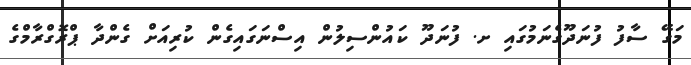
މަގޭ ސާފު ފުނަދޫގެނަމުގައި ށ. ފުނަދޫ ކައުންސިލުން އިސްނަގައިގެން ކުރިއަށް ގެންދާ ޕްރޮގްރާމްގެ